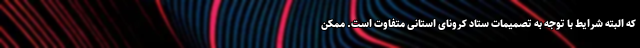
که البته شرایط با توجه به تصمیمات ستاد کرونای استانی متفاوت است. ممکن